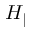
H _ { \parallel }